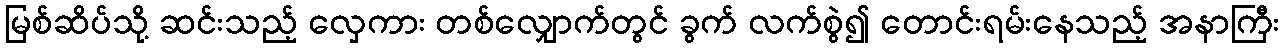
မြစ်ဆိပ်သို့ ဆင်းသည့် လှေကား တစ်လျှောက်တွင် ခွက် လက်စွဲ၍ တောင်းရမ်းနေသည့် အနာကြီး